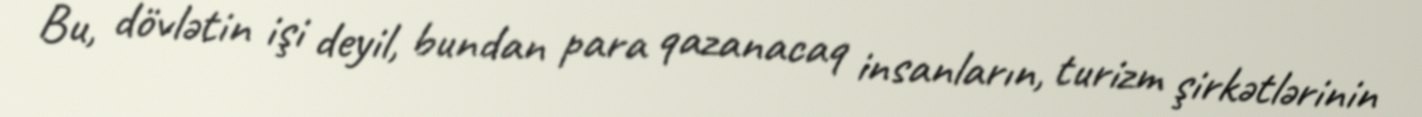
Bu, dövlətin işi deyil, bundan para qazanacaq insanların, turizm şirkətlərinin